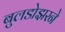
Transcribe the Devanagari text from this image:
बुलडोझरने